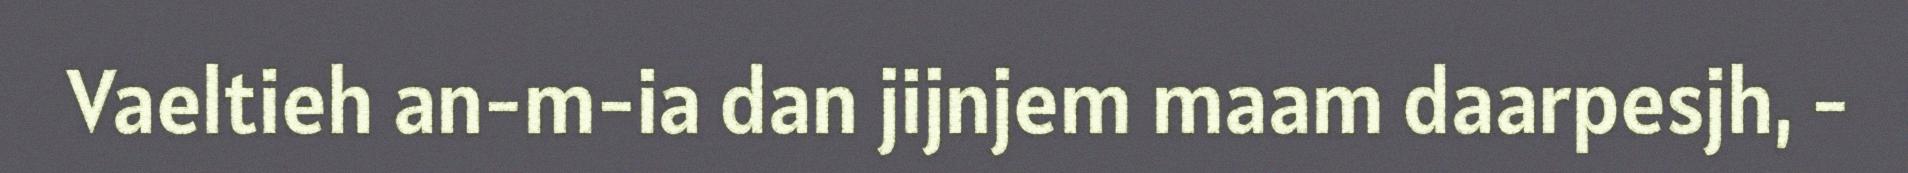
Vaeltieh an-m-ia dan jijnjem maam daarpesjh, -